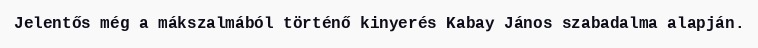
Jelentős még a mákszalmából történő kinyerés Kabay János szabadalma alapján.